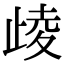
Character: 𣥻